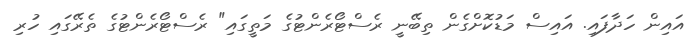
އައިން ހަދާފައި. އައިސް މަޑުކޮށްގެން ތިބޭނީ ރެސްޓޯރެންޓުގެ މަތީގައި" ރެސްޓޯރެންޓުގެ ތެރޭގައި ހުރި